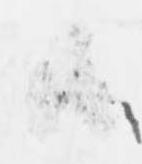
候